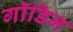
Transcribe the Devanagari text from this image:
गॉडिन